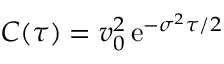
C ( \tau ) = v _ { 0 } ^ { 2 } \, \mathrm { e } ^ { - \sigma ^ { 2 } \tau / 2 }